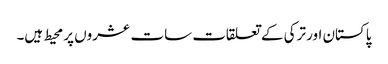
پاکستان اور ترکی کے تعلقات سات عشروں پر محیط ہیں۔